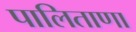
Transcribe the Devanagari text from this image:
पालिताणा